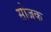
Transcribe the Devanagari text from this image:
सोजक